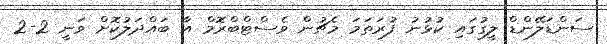
ސަންޑަލޭންޑް ލީގުގައި ކުޅުނު ފުރަތަމަ މެޗުން ވެސްޓްބްރޮމް އާ ބައްދަލުކޮށް ވަނީ 2-2